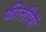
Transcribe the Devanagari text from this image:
फीलीपो